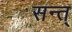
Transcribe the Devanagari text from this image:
सन्त्